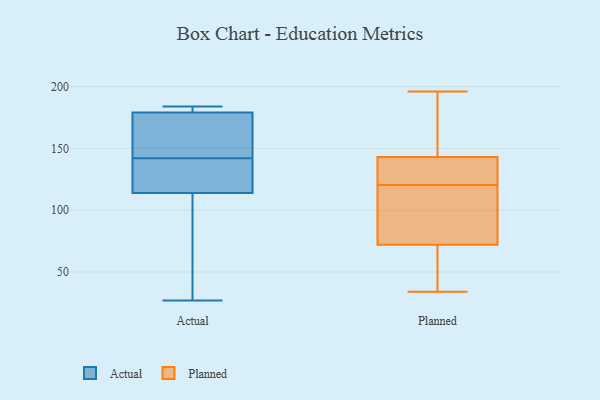
{"axis": {"x": "Production Output", "y": "Value"}, "legend": ["Actual", "Planned"], "data": [{"x": "", "y": 114, "type": "Actual"}, {"x": "", "y": 179, "type": "Actual"}, {"x": "", "y": 130, "type": "Actual"}, {"x": "", "y": 148, "type": "Actual"}, {"x": "", "y": 181, "type": "Actual"}, {"x": "", "y": 179, "type": "Actual"}, {"x": "", "y": 136, "type": "Actual"}, {"x": "", "y": 27, "type": "Actual"}, {"x": "", "y": 184, "type": "Actual"}, {"x": "", "y": 59, "type": "Actual"}, {"x": "", "y": 37, "type": "Planned"}, {"x": "", "y": 135, "type": "Planned"}, {"x": "", "y": 196, "type": "Planned"}, {"x": "", "y": 87, "type": "Planned"}, {"x": "", "y": 143, "type": "Planned"}, {"x": "", "y": 50, "type": "Planned"}, {"x": "", "y": 194, "type": "Planned"}, {"x": "", "y": 106, "type": "Planned"}, {"x": "", "y": 79, "type": "Planned"}, {"x": "", "y": 72, "type": "Planned"}, {"x": "", "y": 39, "type": "Planned"}, {"x": "", "y": 85, "type": "Planned"}, {"x": "", "y": 34, "type": "Planned"}, {"x": "", "y": 143, "type": "Planned"}, {"x": "", "y": 191, "type": "Planned"}, {"x": "", "y": 140, "type": "Planned"}, {"x": "", "y": 169, "type": "Planned"}, {"x": "", "y": 140, "type": "Planned"}]}